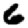
Digit: 6